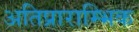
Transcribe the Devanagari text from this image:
अतिप्राराम्भिक